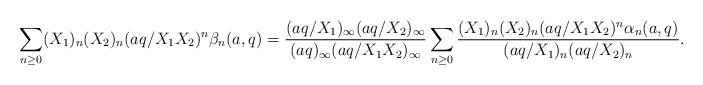
LaTeX: \begin{align*}\sum_{n\ge0}(X_1)_n(X_2)_n(aq/X_1X_2)^n\beta_n(a,q)=\frac{(aq/X_1)_{\infty}(aq/X_2)_{\infty}}{(aq)_{\infty}(aq/X_1X_2)_{\infty}}\sum_{n\ge0}\frac{(X_1)_n(X_2)_n(aq/X_1X_2)^n\alpha_n(a,q)}{(aq/X_1)_n(aq/X_2)_n}.\end{align*}